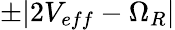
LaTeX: \pm|2V_{eff}-\Omega_{R}|